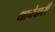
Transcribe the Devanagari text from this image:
थानेदारी